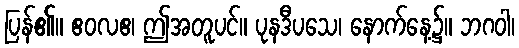
ပြန်၏။ ဧဝလဧ၊ ဤအတူပင်။ ပုနဒီပသေ၊ နောက်နေ့၌။ ဘဂဝါ၊